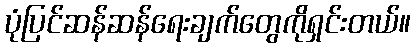
ပုံပြင်ဆန်ဆန်ရေးချက်တွေကိုရှင်းတယ်။